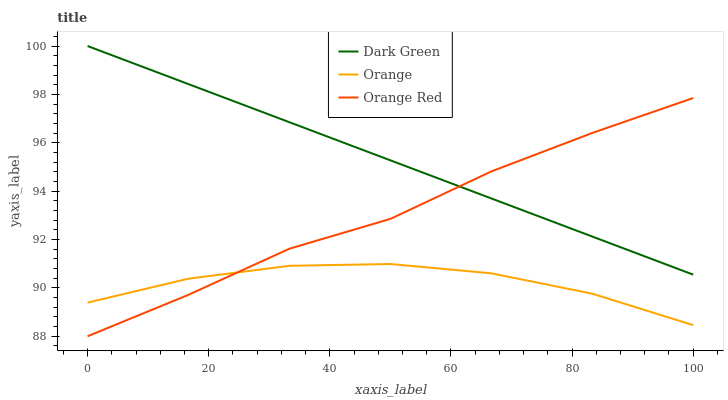
| xaxis_label | Dark Green | Orange | Orange Red |
 | --- | --- | --- | --- |
 | 0 | 100 | 89.4 | 88 |
 | 16.7 | 98.4 | 90.4 | 89.7 |
 | 33.3 | 96.8 | 90.9 | 91.6 |
 | 50 | 95.3 | 91 | 92.9 |
 | 66.7 | 93.7 | 90.6 | 94.8 |
 | 83.3 | 92.1 | 89.8 | 96.4 |
 | 100 | 90.5 | 88.5 | 97.8 |